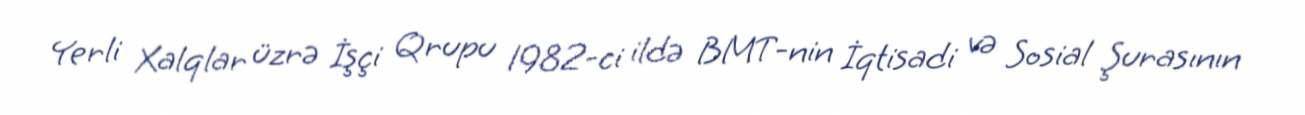
Yerli Xalqlar üzrə İşçi Qrupu 1982-ci ildə BMT-nin İqtisadi və Sosial Şurasının